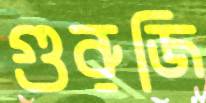
গুরুজি